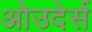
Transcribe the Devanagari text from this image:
ओउदेर्स